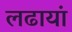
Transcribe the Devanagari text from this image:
लढायां